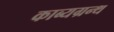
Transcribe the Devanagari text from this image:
काब्यग्रन्थ